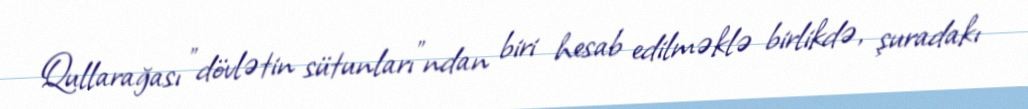
Qullarağası "dövlətin sütunları"ndan biri hesab edilməklə birlikdə, şuradakı